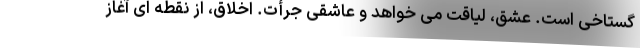
گستاخی است. عشق، لیاقت می خواهد و عاشقی جرأت. اخلاق، از نقطه ای آغاز